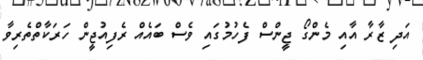
އަދި ޒާރާ އާއި މެންގޯ ޖީންސް ފެހުމުގައި ވެސް ބައެއް ރެފިއުޖީން ހަރަކާތްތެރިވާ